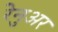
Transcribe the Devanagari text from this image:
रेनुअर